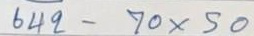
642 - 70 x 50